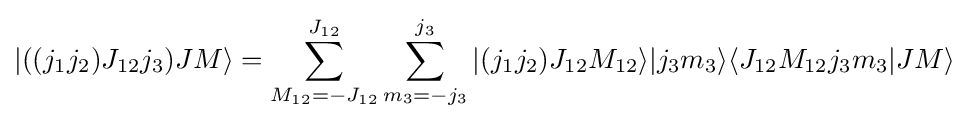
|((j_{1}j_{2})J_{12}j_{3})JM\rangle =\sum _{M_{12}=-J_{12}}^{J_{12}}\sum _{m_{3}=-j_{3}}^{j_{3}}|(j_{1}j_{2})J_{12}M_{12}\rangle |j_{3}m_{3}\rangle \langle J_{12}M_{12}j_{3}m_{3}|JM\rangle